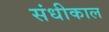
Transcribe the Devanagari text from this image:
संधीकाल